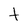
Character: T